65_HS1-834228961_62-HQ-83894_Section_10
Agency: FBI
Page 90
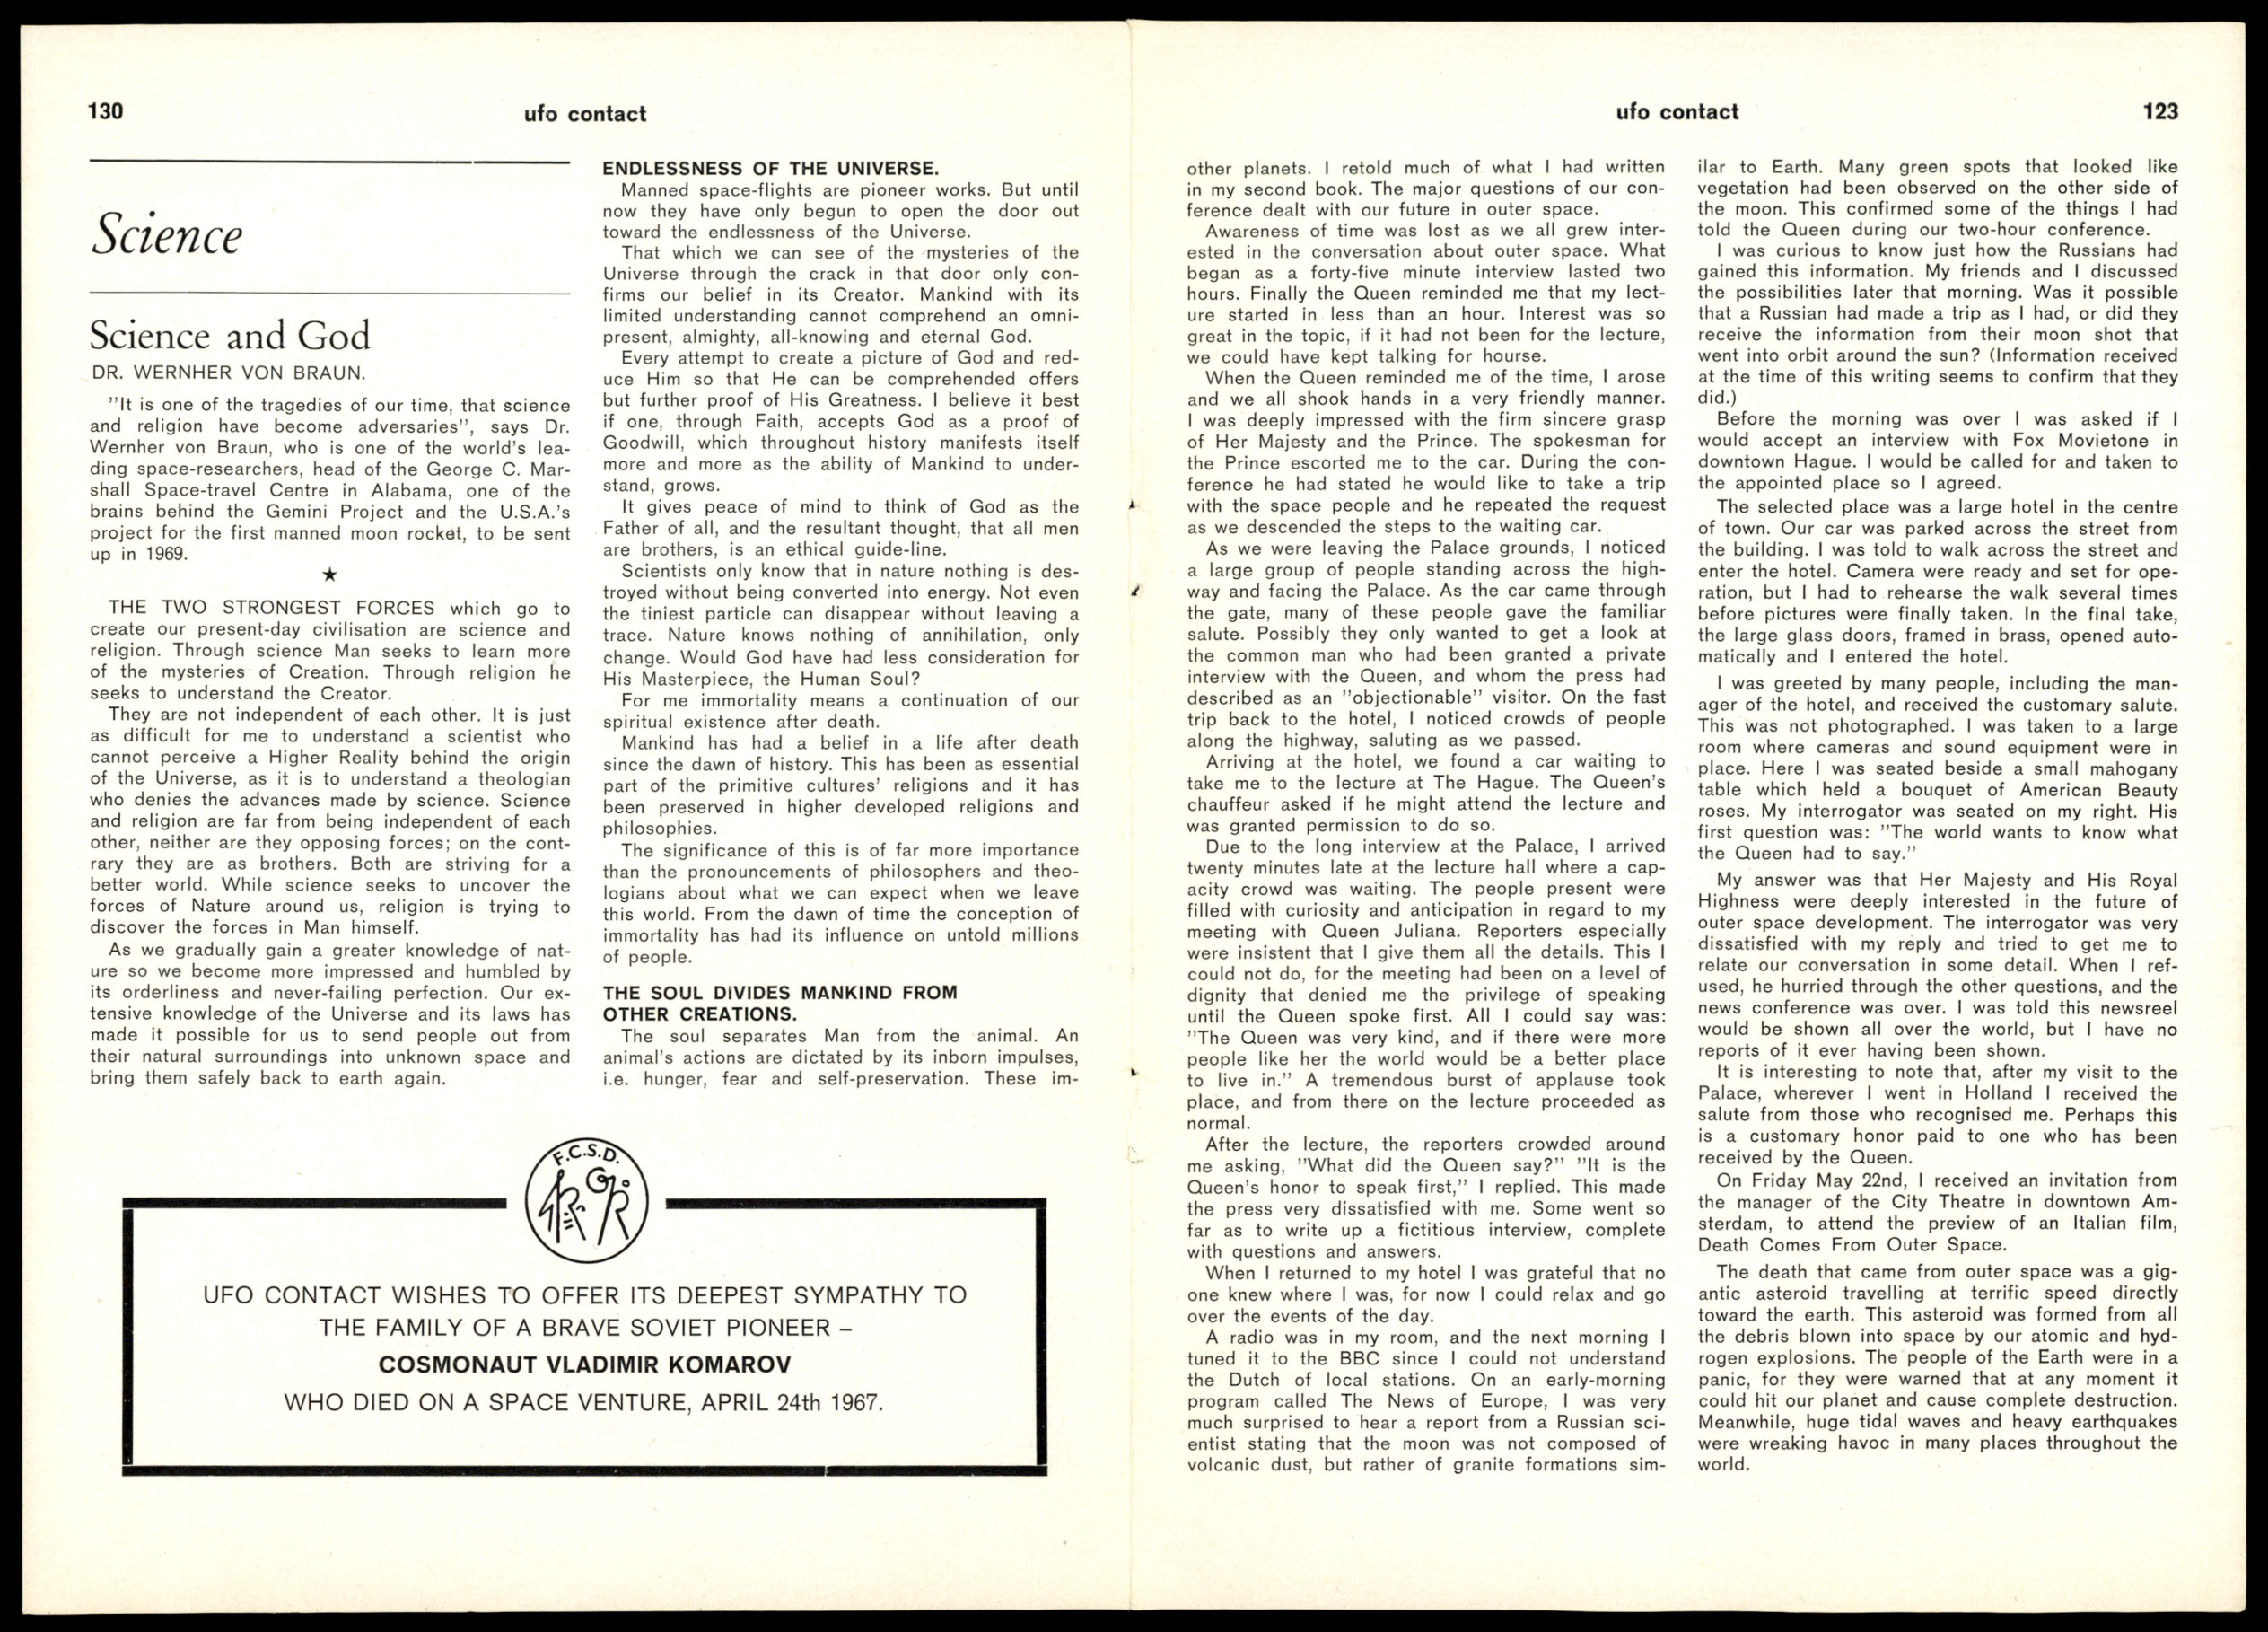